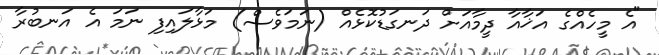
"އެ މީހެއްގެ އަޚާއާ ދީމާއަށް ދަނގަޑުކޮޅެއް (ނަމަވެސް) މަޅާލައިފި ނަމަ އެ އަނބުރާ